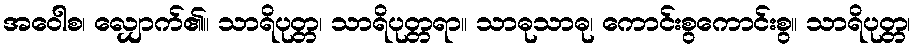
အဝေါစ၊ လျှောက်၏။ သာရိပုတ္တ၊ သာရိပုတ္တရာ။ သာဓုသာဓု၊ ကောင်းစွကောင်းစွ။ သာရိပုတ္တ၊